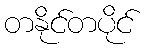
တနိုင်တပိုင်